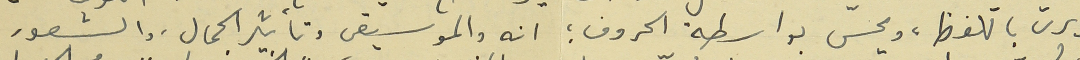
يرد باللفظ، ويحسّ بواسطة الحروف ؛ انه والموسيقى وتأثير الجمال. والشعور